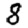
Digit: 8